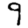
Digit: 9